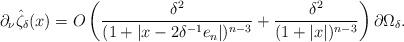
LaTeX: \begin{align*}\partial_\nu \hat \zeta_\delta(x)=O\left(\frac{\delta^2}{(1+|x-2\delta^{-1}e_n|)^{n-3}}+ \frac{\delta^2}{(1+|x|)^{n-3}}\right) \partial \Omega_\delta.\end{align*}